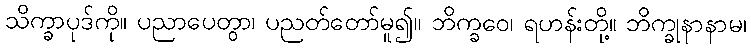
သိက္ခာပုဒ်ကို။ ပညာပေတွာ၊ ပညတ်တော်မူ၍။ ဘိက္ခဝေ၊ ရဟန်းတို့။ ဘိက္ခုနာနာမ၊